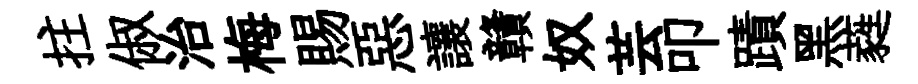
拄俶治梅賜惡讓贛奴芸叩蹟黑蕤